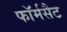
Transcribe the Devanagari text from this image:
फॉर्मसैट